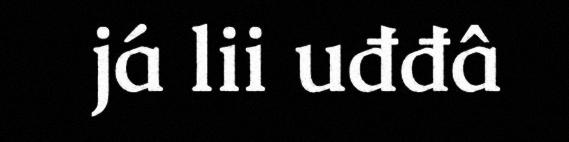
já lii uđđâ